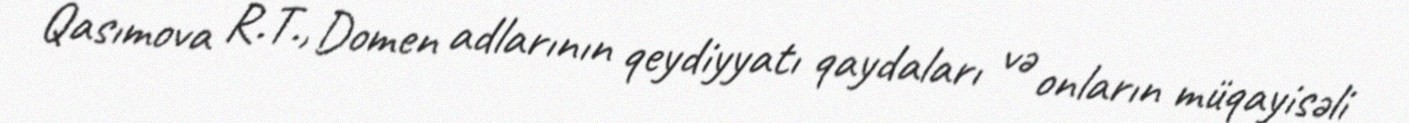
Qasımova R.T., Domen adlarının qeydiyyatı qaydaları və onların müqayisəli